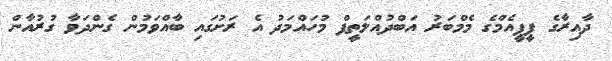
ދާއިރާގެ ޕީޕީއެމްގެ މެމްބަރު އަބްދުއްލަތީފް މުހައްމަދު އެ ރަށުގައި ބާއްވަމުން ގެންދަވާ ގުރުއާން